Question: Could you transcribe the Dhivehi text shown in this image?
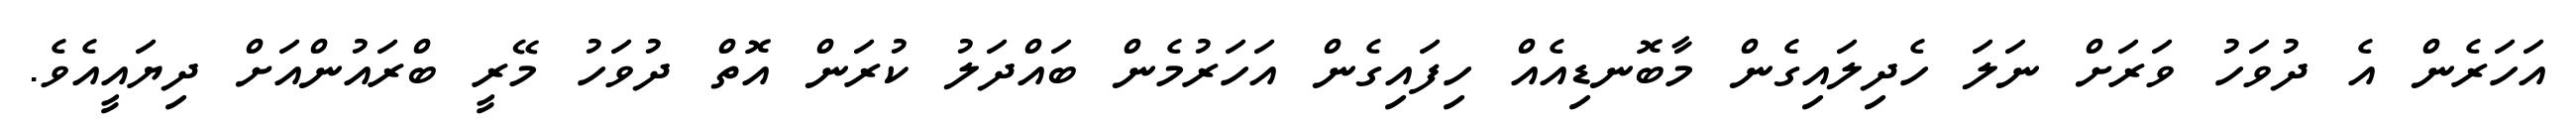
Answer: އަހަރެން އެ ދުވަހު ވަރަށް ނަލަ ހެދިލައިގެން މާބޮނޑިއެއް ހިފައިގެން އަހަރުމެން ބައްދަލު ކުރަން އޮތް ދުވަހު މޭރީ ބްރައުންއަށް ދިޔައީއެވެ.